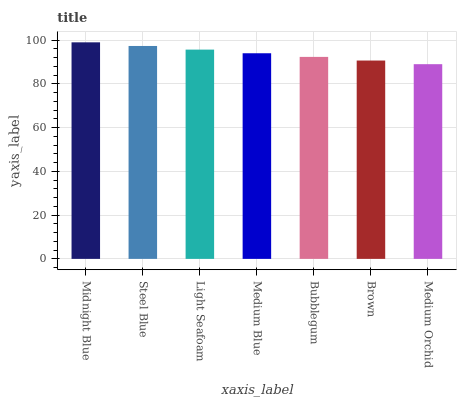
| xaxis_label | bars |
 | --- | --- |
 | Midnight Blue | 99 |
 | Steel Blue | 97.3 |
 | Light Seafoam | 95.7 |
 | Medium Blue | 94 |
 | Bubblegum | 92.3 |
 | Brown | 90.7 |
 | Medium Orchid | 89 |